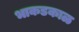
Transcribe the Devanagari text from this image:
भाकडकाळ